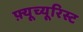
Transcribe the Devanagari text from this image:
फ़्यूच्यूरिस्ट